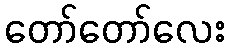
တော်တော်လေး